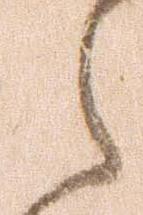
ら